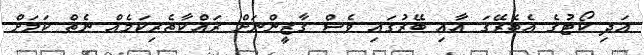
އަދި ކޯޓުގެ އެތެރޭގަ އާއި ބޭރުގައި ވެސް ގާޒީންނަށް ރައްކާތެރިކަމެއް ނެތް ކަމަށް